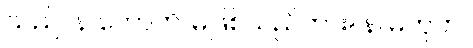
သည်။ န ဟောတိ၊ မဖြစ်သည်ကား။ န၊ မဟုတ်။